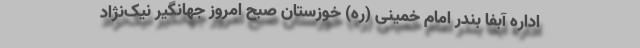
اداره آبفا بندر امام خمینی (ره) خوزستان صبح امروز جهانگیر نیک‌نژاد